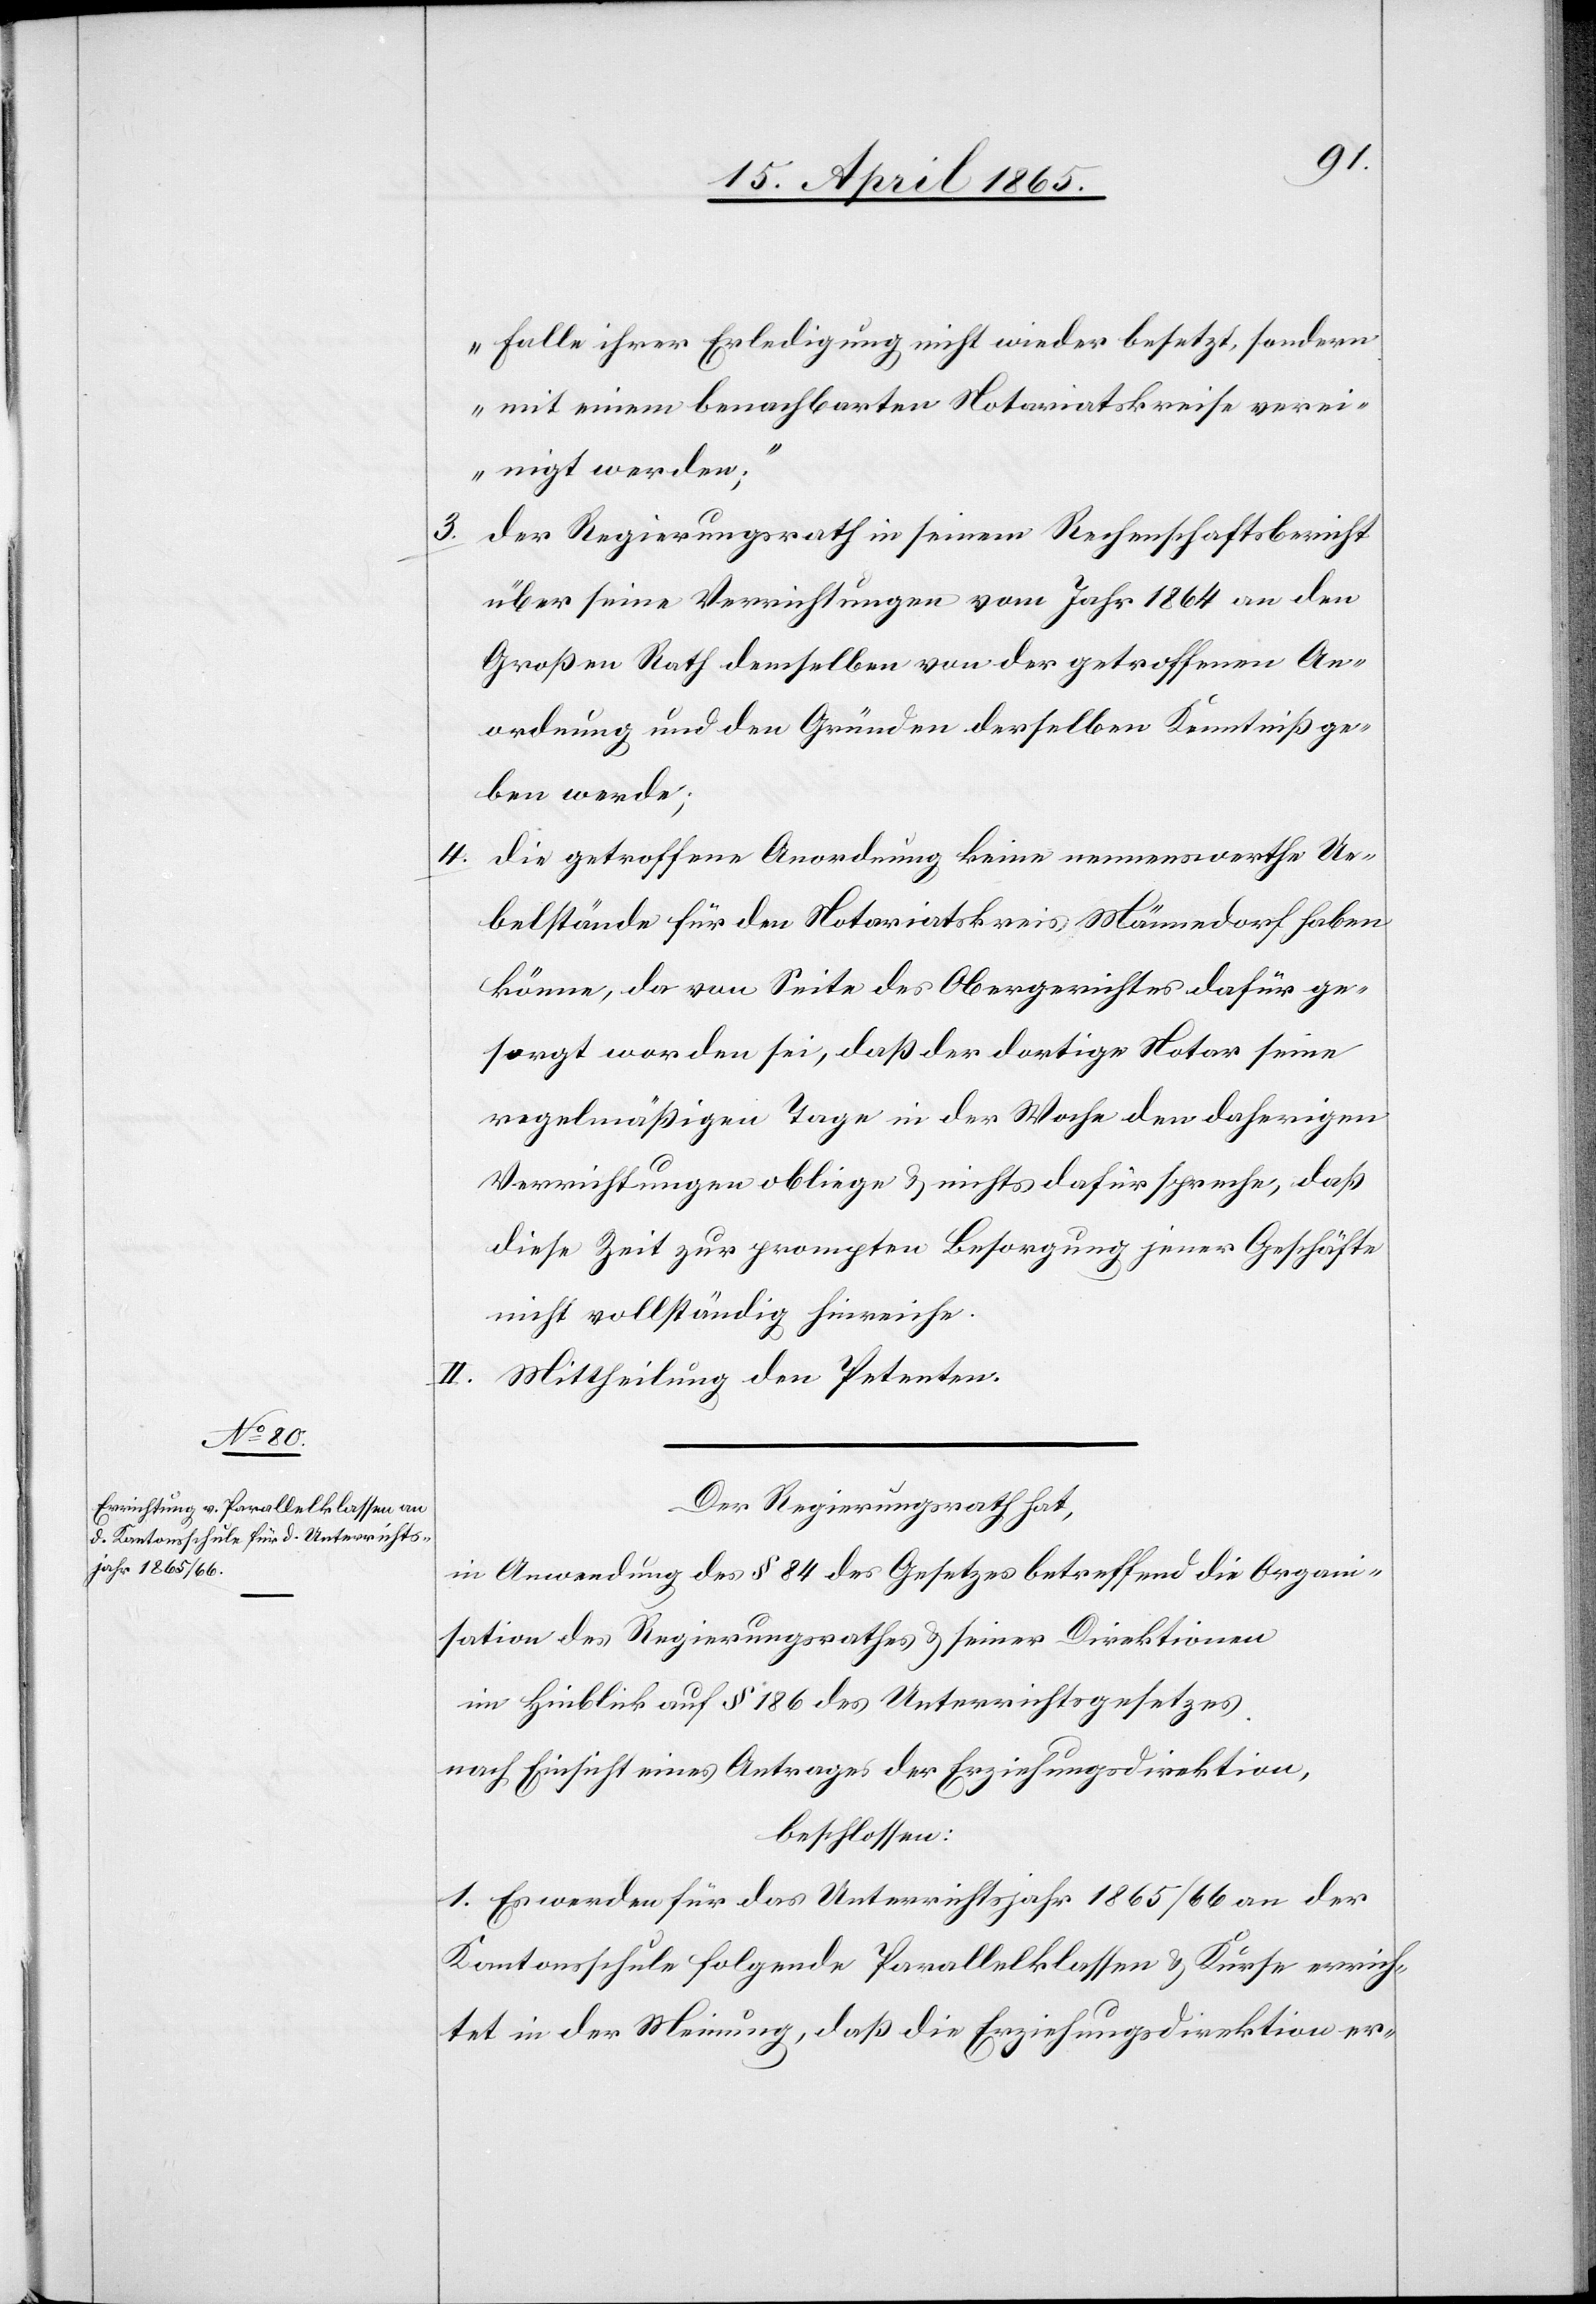
Falle ihrer Erledigung nicht wieder besetzt, sondern
mit einem benachbarten Notariatskreise verei¬
nigt werden;“
3. Der Regierungsrath in seinem Rechenschaftsbericht
über seine Verrichtungen vom Jahr 1864 an den
Großen Rath demselben von der getroffenen An¬
ordnung und den Gründen derselben Kenntniß ge¬
ben werde;
4. Die getroffene Anordnung keine nennenswerthe Ue¬
belstände für den Notariatskreis Männedorf haben
könne, da von Seite des Obergerichtes dafür ge¬
sorgt worden sei, daß der dortige Notar seine
regelmäßigen Tage in der Woche den daherigen
Verrichtungen obliege & nichts dafür spreche, daß
diese Zeit zur prompten Besorgung jener Geschäfte
nicht vollständig hinreiche.
II. Mittheilung den Petenten.
Der Regierungsrath hat,
in Anwendung des § 84 des Gesetzes betreffend die Organi¬
sation des Regierungsrathes & seiner Direktionen
im Hinblick auf § 186 des Unterrichtsgesetzes
nach Einsicht eines Antrages der Erziehungsdirektion,
beschlossen:
1. Es werden für das Unterrichtsjahr 1865/66 an der
Kantonsschule folgende Parallelklassen & Kurse errich¬
tet in der Meinung, daß die Erziehungsdirektion er-